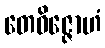
တေဝိဇ္ဇောဟံ